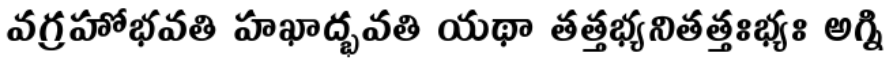
వగ్రహోభవతి హఖాద్భవతి యథా తత్తభ్యనితత్తఃభ్యః అగ్ని